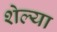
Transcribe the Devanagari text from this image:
शेल्या